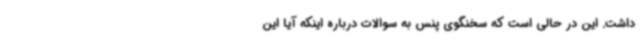
داشت. این در حالی است که سخنگوی پنس به سوالات درباره اینکه آیا این